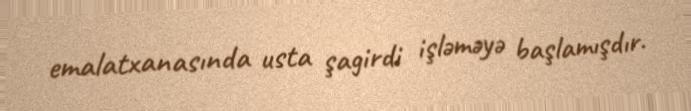
emalatxanasında usta şagirdi işləməyə başlamışdır.